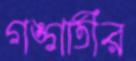
গঙ্গাতীর